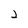
Character: 2